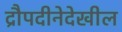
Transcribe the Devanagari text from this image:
द्रौपदीनेदेखील